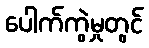
ပေါက်ကွဲမှုတွင်